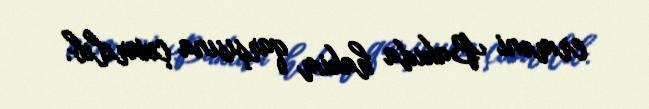
erməni Bakıda hakim qarşısına çıxarılıb.